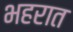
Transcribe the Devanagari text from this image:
भहरात